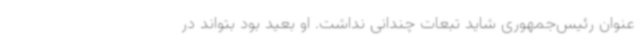
عنوان رئیس‌جمهوری شاید تبعات چندانی نداشت. او بعید بود بتواند در